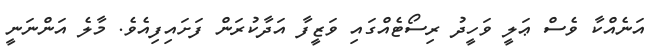
އަނެއްކާ ވެސް ޢަލީ ވަހީދު ރިސޯޓެއްގައި ވަޒީފާ އަދާކުރަން ފަށައިފިއެވެ. މާލެ އަންނަނީ